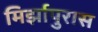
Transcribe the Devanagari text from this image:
मिर्झापुरास